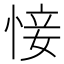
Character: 𢜡